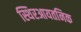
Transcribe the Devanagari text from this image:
स्थिरआयतनिक